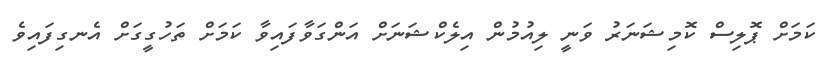
ކަމަށް ޕޮލިސް ކޮމިޝަނަރު ވަނީ ލިއުމުން އިލެކްޝަނަށް އަންގަވާފައިވާ ކަމަށް ތަހުގީގަށް އެނގިފައިވެ